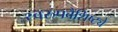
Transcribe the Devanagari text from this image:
स्वरुपवैशिष्ट्ये